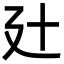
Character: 𢌗